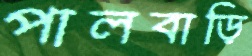
পালবাড়ি